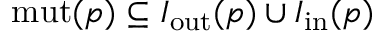
\mathrm { m u t } ( p ) \subseteq I _ { \mathrm { o u t } } ( p ) \cup I _ { \mathrm { i n } } ( p )